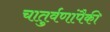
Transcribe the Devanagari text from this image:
चातुर्वणांपैकी